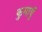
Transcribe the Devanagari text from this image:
कुमायुँ